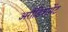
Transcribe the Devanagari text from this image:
अरौंडिशमेंट